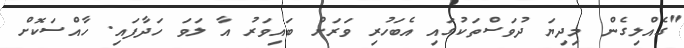
"ގެއްލިގެން މިދިޔަ ދުވަސްތަކުގައި އެބަހުރި ވަރަށް ބައިވަރު އާ ލަވަ ހަދާފައި. ހާއްސަކޮށް